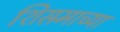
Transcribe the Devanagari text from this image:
शिसमाच्या